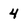
Character: 4